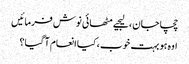
چچا جان ، لیجیے مٹھائی نوش فرمائیں
اوہ ہو بہت خوب ، کیا انعام آ گیا؟